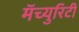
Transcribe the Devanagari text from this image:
मॅच्युरिटी